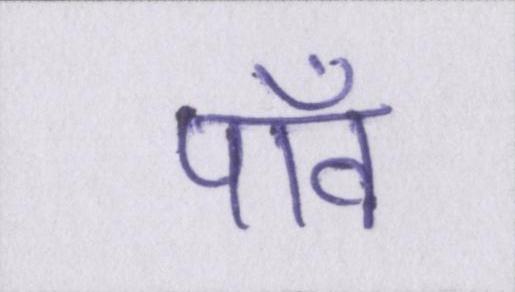
पाँव